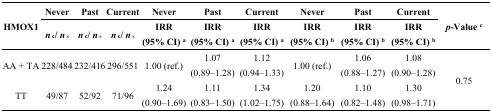
| <ROWSPAN=2> HMOX1 | Never | Past | Current | Never | Past | Current | Never | Past | Current | <ROWSPAN=2> p-Value c |
 | nc/ ns | nc/ ns | nc/ ns | IRR (95% CI) a | IRR (95% CI) a | IRR (95% CI) a | IRR (95% CI) b | IRR (95% CI) b | IRR (95% CI) b |
 | --- | --- | --- | --- | --- | --- | --- | --- | --- | --- | --- |
 | AA + TA | 228/484 | 232/416 | 296/551 | 1.00 (ref.) | 1.07 (0.89–1.28) | 1.12 (0.94–1.33) | 1.00 (ref.) | 1.06 (0.88–1.27) | 1.08 (0.90–1.28) | <ROWSPAN=2> 0.75 |
 | TT | 49/87 | 52/92 | 71/96 | 1.24 (0.90–1.69) | 1.11 (0.83–1.50) | 1.34 (1.02–1.75) | 1.20 (0.88–1.64) | 1.10 (0.82–1.48) | 1.30 (0.98–1.71) |